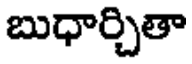
బుధార్చితా